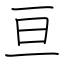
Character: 亘